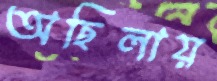
অছিলায়